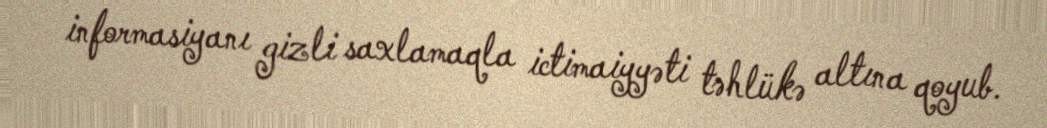
informasiyanı gizli saxlamaqla ictimaiyyəti təhlükə altına qoyub.